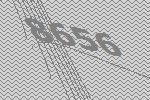
8656